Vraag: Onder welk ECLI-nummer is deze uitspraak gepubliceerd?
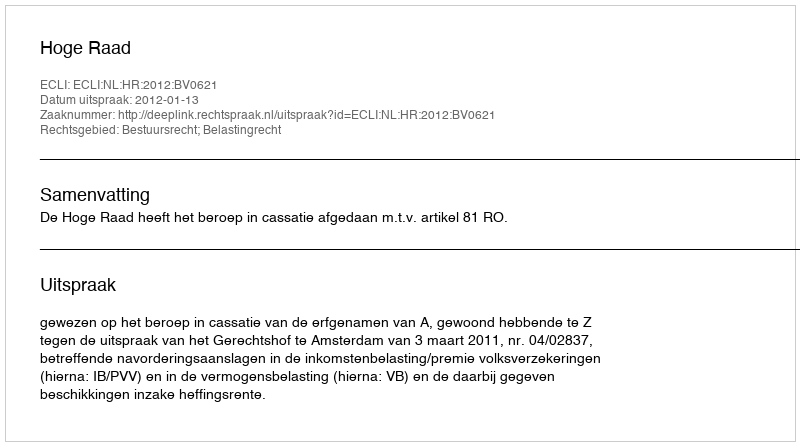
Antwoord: ECLI:NL:HR:2012:BV0621